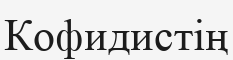
Кофидистің